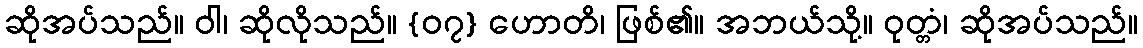
ဆိုအပ်သည်။ ဝါ၊ ဆိုလိုသည်။ {၀၇} ဟောတိ၊ ဖြစ်၏။ အဘယ်သို့။ ဝုတ္တံ၊ ဆိုအပ်သည်။